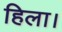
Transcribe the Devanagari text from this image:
हिला।